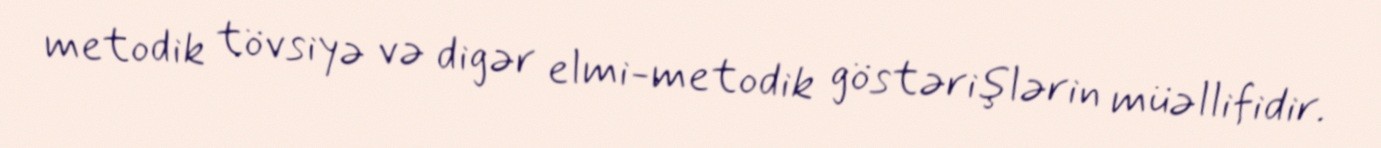
metodik tövsiyə və digər elmi-metodik göstərişlərin müəllifidir.